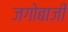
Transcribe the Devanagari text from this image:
जगोबाजी